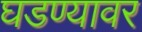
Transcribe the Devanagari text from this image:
घडण्यावर